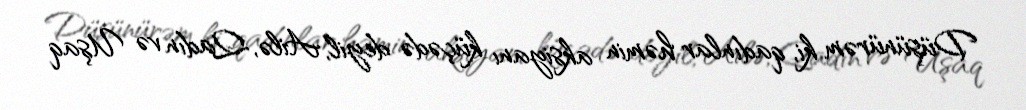
Düşünürəm ki, qadınlar həmin aksiyanı küçədə deyil, Ailə, Qadın və Uşaq